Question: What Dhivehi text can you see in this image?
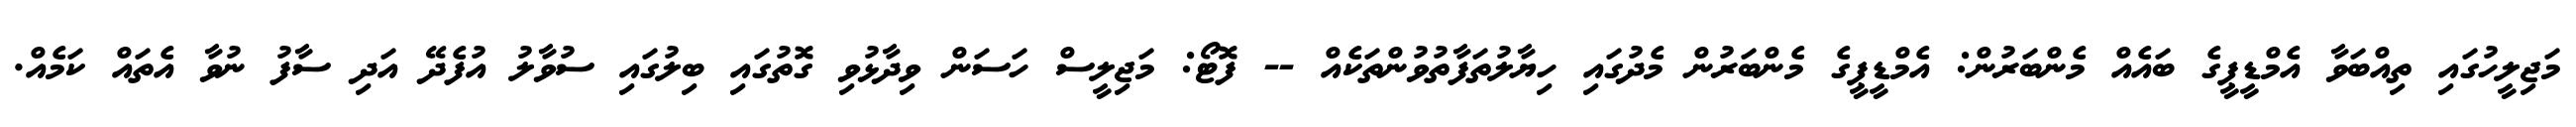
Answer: މަޖިލީހުގައި ތިއްބަވާ އެމްޑީޕީގެ ބައެއް މެންބަރުން: އެމްޑީޕީގެ މެންބަރުން މެދުގައި ހިޔާލުތަފާތުވުންތަކެއް -- ފޮޓޯ: މަޖިލީސް ހަސަން ވިދާޅުވި ގޮތުގައި ބިލުގައި ސުވާލު އުފެދޭ އަދި ސާފު ނުވާ އެތައް ކަމެއް.